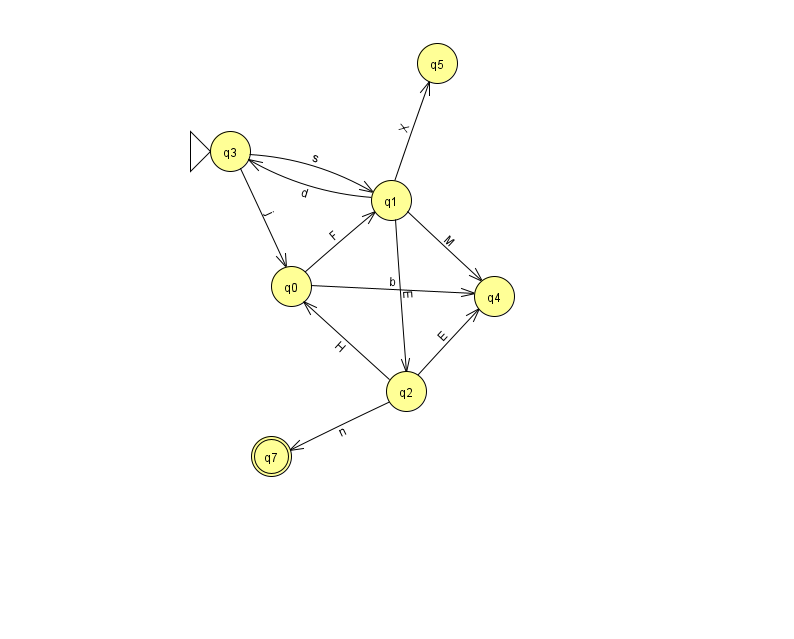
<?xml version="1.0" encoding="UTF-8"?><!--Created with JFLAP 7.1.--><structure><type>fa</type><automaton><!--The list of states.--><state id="0" name="q0"><x>291.0</x><y>273.0</y></state><state id="1" name="q1"><x>391.0</x><y>187.0</y></state><state id="2" name="q2"><x>406.0</x><y>378.0</y></state><state id="3" name="q3"><x>230.0</x><y>138.0</y><initial/></state><state id="4" name="q4"><x>494.0</x><y>283.0</y></state><state id="5" name="q5"><x>437.0</x><y>50.0</y></state><state id="7" name="q7"><x>271.0</x><y>443.0</y><final/></state><!--The list of transitions.--><transition><from>0</from><to>4</to><read>b</read></transition><transition><from>2</from><to>4</to><read>E</read></transition><transition><from>1</from><to>4</to><read>M</read></transition><transition><from>2</from><to>7</to><read>n</read></transition><transition><from>1</from><to>2</to><read>E</read></transition><transition><from>1</from><to>3</to><read>d</read></transition><transition><from>3</from><to>0</to><read>j</read></transition><transition><from>3</from><to>1</to><read>s</read></transition><transition><from>1</from><to>5</to><read>X</read></transition><transition><from>0</from><to>1</to><read>F</read></transition><transition><from>2</from><to>0</to><read>H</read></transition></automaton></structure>